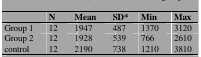
|  | N | Mean | SD* | Min | Max |
 | --- | --- | --- | --- | --- | --- |
 | Group 1 | 12 | 1947 | 487 | 1370 | 3120 |
 | Group 2 | 12 | 1928 | 539 | 766 | 2610 |
 | control | 12 | 2190 | 738 | 1210 | 3810 |